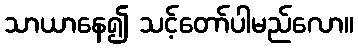
သာယာနေ၍ သင့်တော်ပါမည်လော။